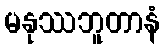
မနုဿဘူတာနံ